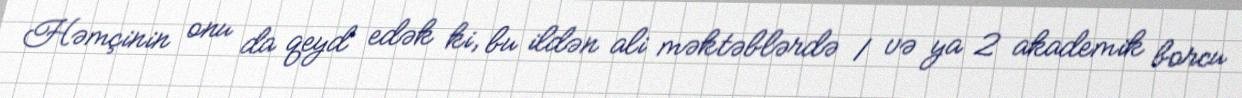
Həmçinin onu da qeyd edək ki, bu ildən ali məktəblərdə 1 və ya 2 akademik borcu